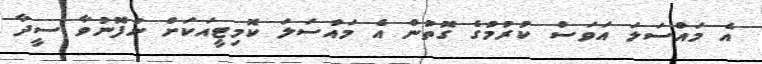
އެ މައްސަލަ އަވަސް ކުރުމުގެ ގޮތުން އެ މައްސަލަ ކޮމިޓީއަކަށް ނުފޮނުވާ ސީދާ